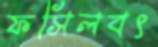
ফসিলবৎ